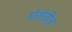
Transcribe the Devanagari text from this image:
पेरोडीज़